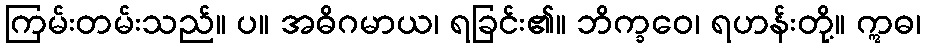
ကြမ်းတမ်းသည်။ ပ။ အဓိဂမာယ၊ ရခြင်း၏။ ဘိက္ခဝေ၊ ရဟန်းတို့။ ဣဓ၊